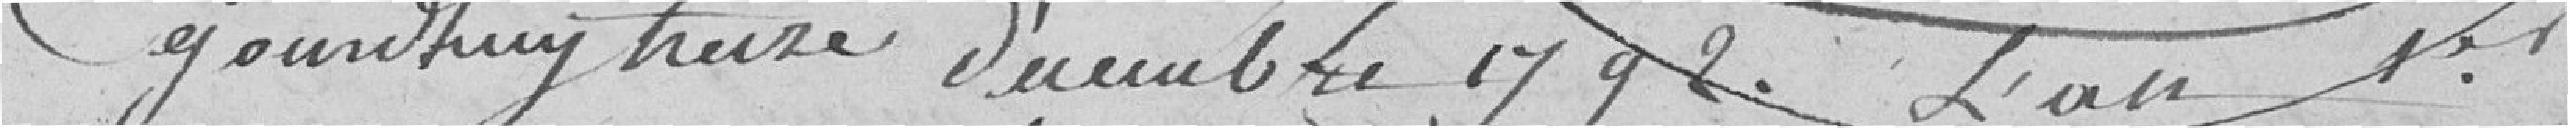
Cejourd'huy treize décembre 1792. L'an 1er